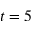
t = 5